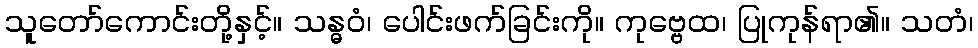
သူတော်ကောင်းတို့နှင့်။ သန္ဓဝံ၊ ပေါင်းဖက်ခြင်းကို။ ကုဗ္ဗေထ၊ ပြုကုန်ရာ၏။ သတံ၊